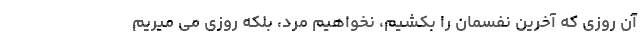
آن روزی که آخرین نفسمان را بکشیم، نخواهیم مرد، بلکه روزی می میریم